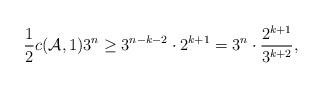
\begin{align*}\frac{1}{2}c(\mathcal{A},1)3^n\geq 3^{n-k-2}\cdot 2^{k+1}=3^n\cdot \frac{2^{k+1}}{3^{k+2}},\end{align*}